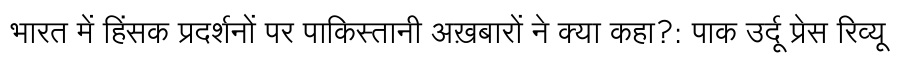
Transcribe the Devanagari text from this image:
भारत में हिंसक प्रदर्शनों पर पाकिस्तानी अख़बारों ने क्या कहा?: पाक उर्दू प्रेस रिव्यू